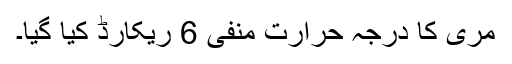
مری کا درجہ حرارت منفی 6 ریکارڈ کیا گیا۔